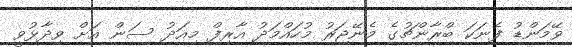
ވޭމަންޑު ފެނަކަ ބްރާންޗުގެ މެނޭޖަރު މުހައްމަދު އާރިފް މިއަދު ސަން އަށް ވިދާޅުވީ